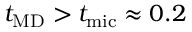
t _ { \mathrm { M D } } > t _ { \mathrm { m i c } } \approx 0 . 2